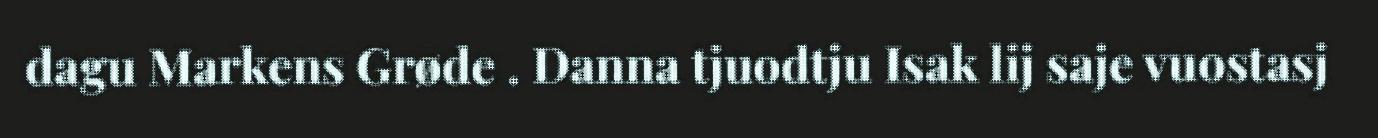
dagu Markens Grøde . Danna tjuodtju Isak lij saje vuostasj